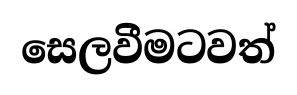
සෙලවීමටවත්